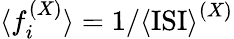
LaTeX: {\langle f_{i}^{(X)}\rangle}={1/{\langle\mathrm{ISI}\rangle}}^{(X)}